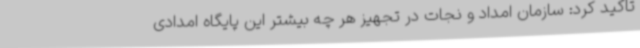
تاکید کرد: سازمان امداد و نجات در تجهیز هر چه بیشتر این پایگاه امدادی